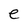
Character: e